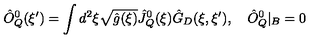
{ \hat { O } _ { Q } ^ { 0 } } ( \xi ^ { \prime } ) = \int { d ^ { 2 } } \xi \sqrt { \hat { g } ( \xi ) } { \hat { J } _ { Q } ^ { 0 } } ( \xi ) { \hat { G } _ { D } } ( \xi , \xi ^ { \prime } ) , \quad { \hat { O } _ { Q } ^ { 0 } } { | _ { B } } = 0